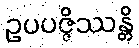
ဥပပဇ္ဇိဿန္တိ